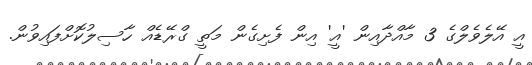
އީ އޭލެވެލްގެ 3 މާއްދާއިން 'އީ' އިން ފެށިގެން މަތީ ގްރޭޑެއް ހާސިލުކޮށްފައިވުން.